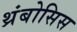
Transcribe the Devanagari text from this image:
थ्रंबोसिस